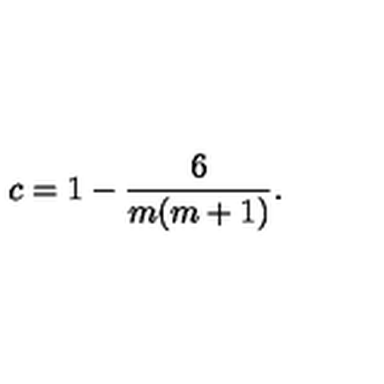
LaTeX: c = 1 - \frac { 6 } { m ( m + 1 ) } .